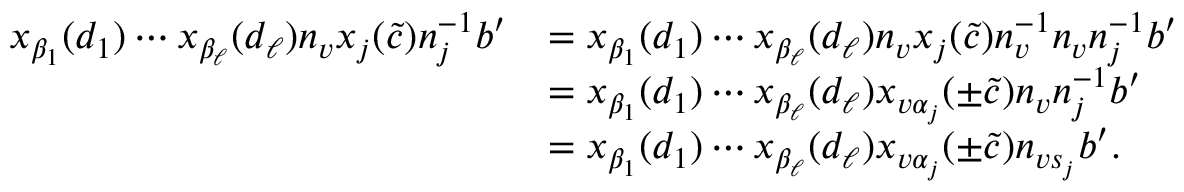
\begin{array} { r l } { x _ { \beta _ { 1 } } ( d _ { 1 } ) \cdots x _ { \beta _ { \ell } } ( d _ { \ell } ) n _ { v } x _ { j } ( \tilde { c } ) n _ { j } ^ { - 1 } b ^ { \prime } } & { = x _ { \beta _ { 1 } } ( d _ { 1 } ) \cdots x _ { \beta _ { \ell } } ( d _ { \ell } ) n _ { v } x _ { j } ( \tilde { c } ) n _ { v } ^ { - 1 } n _ { v } n _ { j } ^ { - 1 } b ^ { \prime } } \\ & { = x _ { \beta _ { 1 } } ( d _ { 1 } ) \cdots x _ { \beta _ { \ell } } ( d _ { \ell } ) x _ { v \alpha _ { j } } ( \pm \tilde { c } ) n _ { v } n _ { j } ^ { - 1 } b ^ { \prime } } \\ & { = x _ { \beta _ { 1 } } ( d _ { 1 } ) \cdots x _ { \beta _ { \ell } } ( d _ { \ell } ) x _ { v \alpha _ { j } } ( \pm \tilde { c } ) n _ { v s _ { j } } b ^ { \prime } . } \end{array}